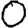
Digit: 0